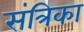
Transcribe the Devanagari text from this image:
संत्रिका